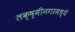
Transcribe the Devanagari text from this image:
लक्ष्मीनगरमध्ये